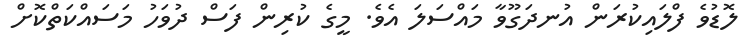
ލޮޑުވެ ފްލައިކުރަން އުނދަގޫވާ މައްސަލަ އެވެ. މީގެ ކުރިން ފަސް ދުވަހު މަސައްކަތްކޮށް